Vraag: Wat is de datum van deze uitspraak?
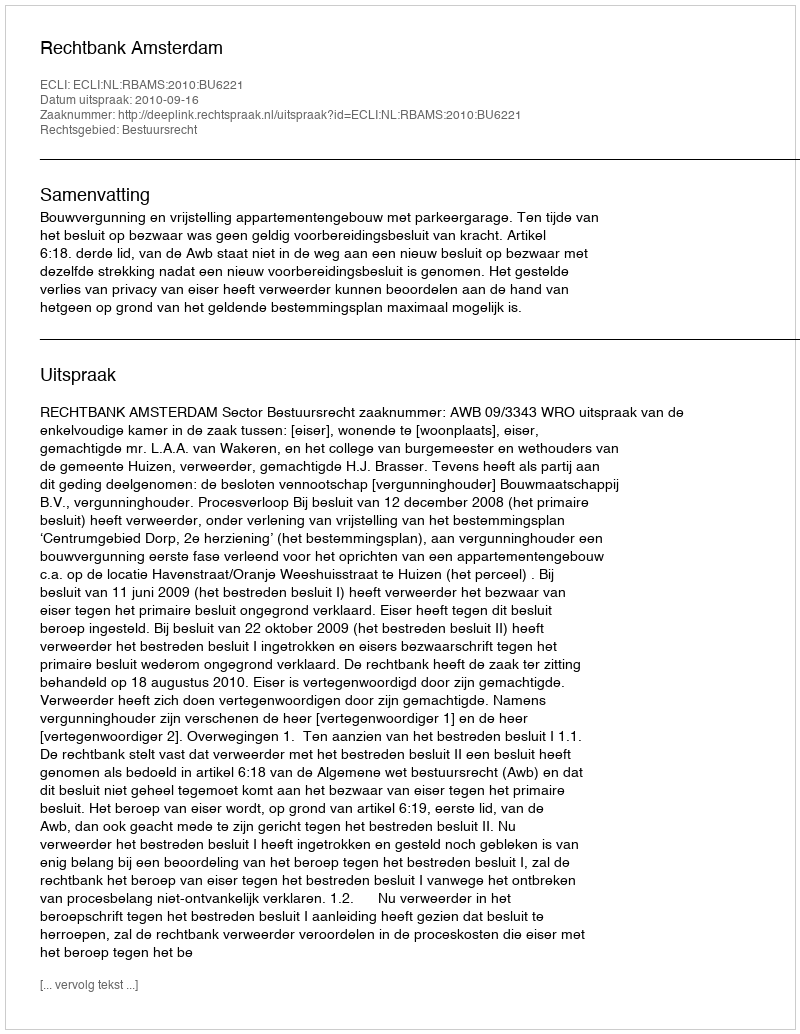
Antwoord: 2010-09-16